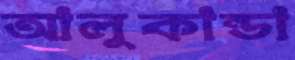
আলুকান্ডা